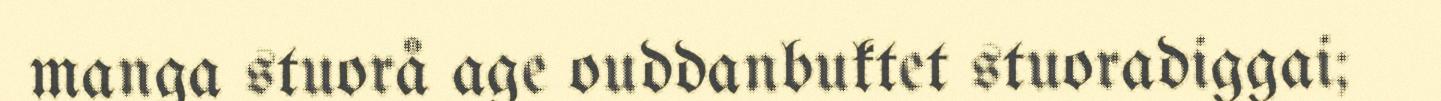
manga stuorå age ouddanbuktet stuoradiggai;